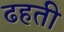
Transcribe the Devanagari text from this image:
ढहती